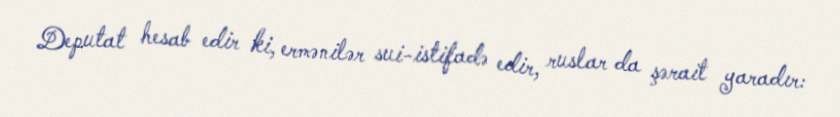
Deputat hesab edir ki, ermənilər sui-istifadə edir, ruslar da şərait yaradır: